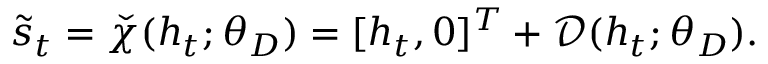
\tilde { s } _ { t } = \check { \chi } ( h _ { t } ; \theta _ { D } ) = [ h _ { t } , 0 ] ^ { T } + \mathcal { D } ( h _ { t } ; \theta _ { D } ) .